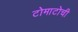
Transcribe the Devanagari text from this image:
टोमाटोची